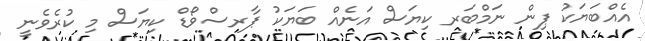
އެއްބަޔަކު ޕިން ނަމްބަރ ކިޔަސް އަނެއް ބަޔަކު ޕާރސްވޯޑް ކިޔަސް މި ކުރެވެނީ